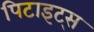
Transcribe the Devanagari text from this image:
पिटाइट्स